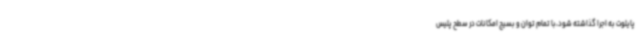
پایلوت به اجرا گذاشته شود،با تمام توان و بسیج امکانات در سطح پلیس